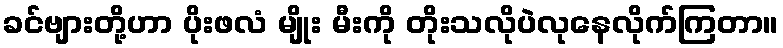
ခင်ဗျားတို့ဟာ ပိုးဖလံ မျိုး မီးကို တိုးသလိုပဲလုနေလိုက်ကြတာ။